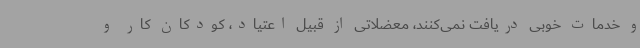
و خدمات خوبی دریافت نمی‌کنند، معضلاتی از قبیل اعتیاد، کودکان کار و